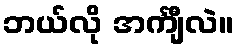
ဘယ်လို အင်္ကျီလဲ။